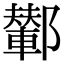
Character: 鄻